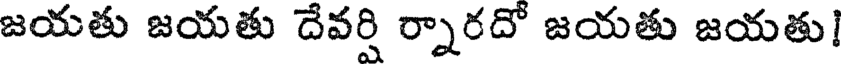
జయతు జయతు దేవర్షి ర్నారదో జయతు జయతు!